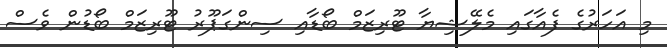
މި އަހަރުގެ ފެއާގައި މެލޭޝިޔާ ޓޫރިޒަމް ބޯޑާއި ސިންގަޕޫރު ޓޫރިޒަމް ބޯޑުން ވެސް